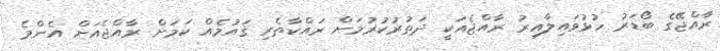
ރާއްޖޭގެ ބޯޑަރު ހުޅުވައިލާއިރު ރާއްޖެއަކީ ދަތުރުކުރުމަށް ރައްކާތެރި ޤައުމެއް ކަމަށް ރާއްޖެއަށް އެންމެ